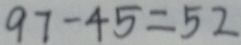
9 7 - 4 5 = 5 2